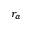
r _ { \alpha }